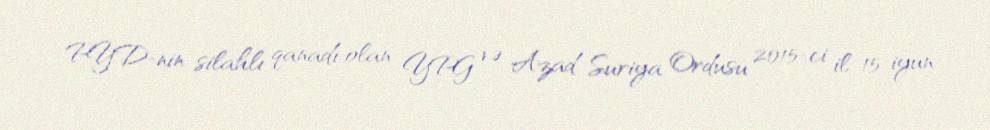
PYD-nin silahlı qanadı olan YPG və Azad Suriya Ordusu 2015-ci il 15 iyun